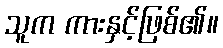
သူက ကားနှင့်ဖြစ်၏။